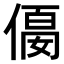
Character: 𠍛